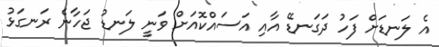
އެ ލަނޑަށް ފަހު ދަގަނޑޭ އާއި އަސައްކޮއަށް ވަނީ ލަނޑު ޖަހާނެ ރަނގަޅު